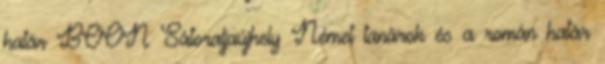
határ BOON Sátoraljaújhely Német tanárok és a román határ